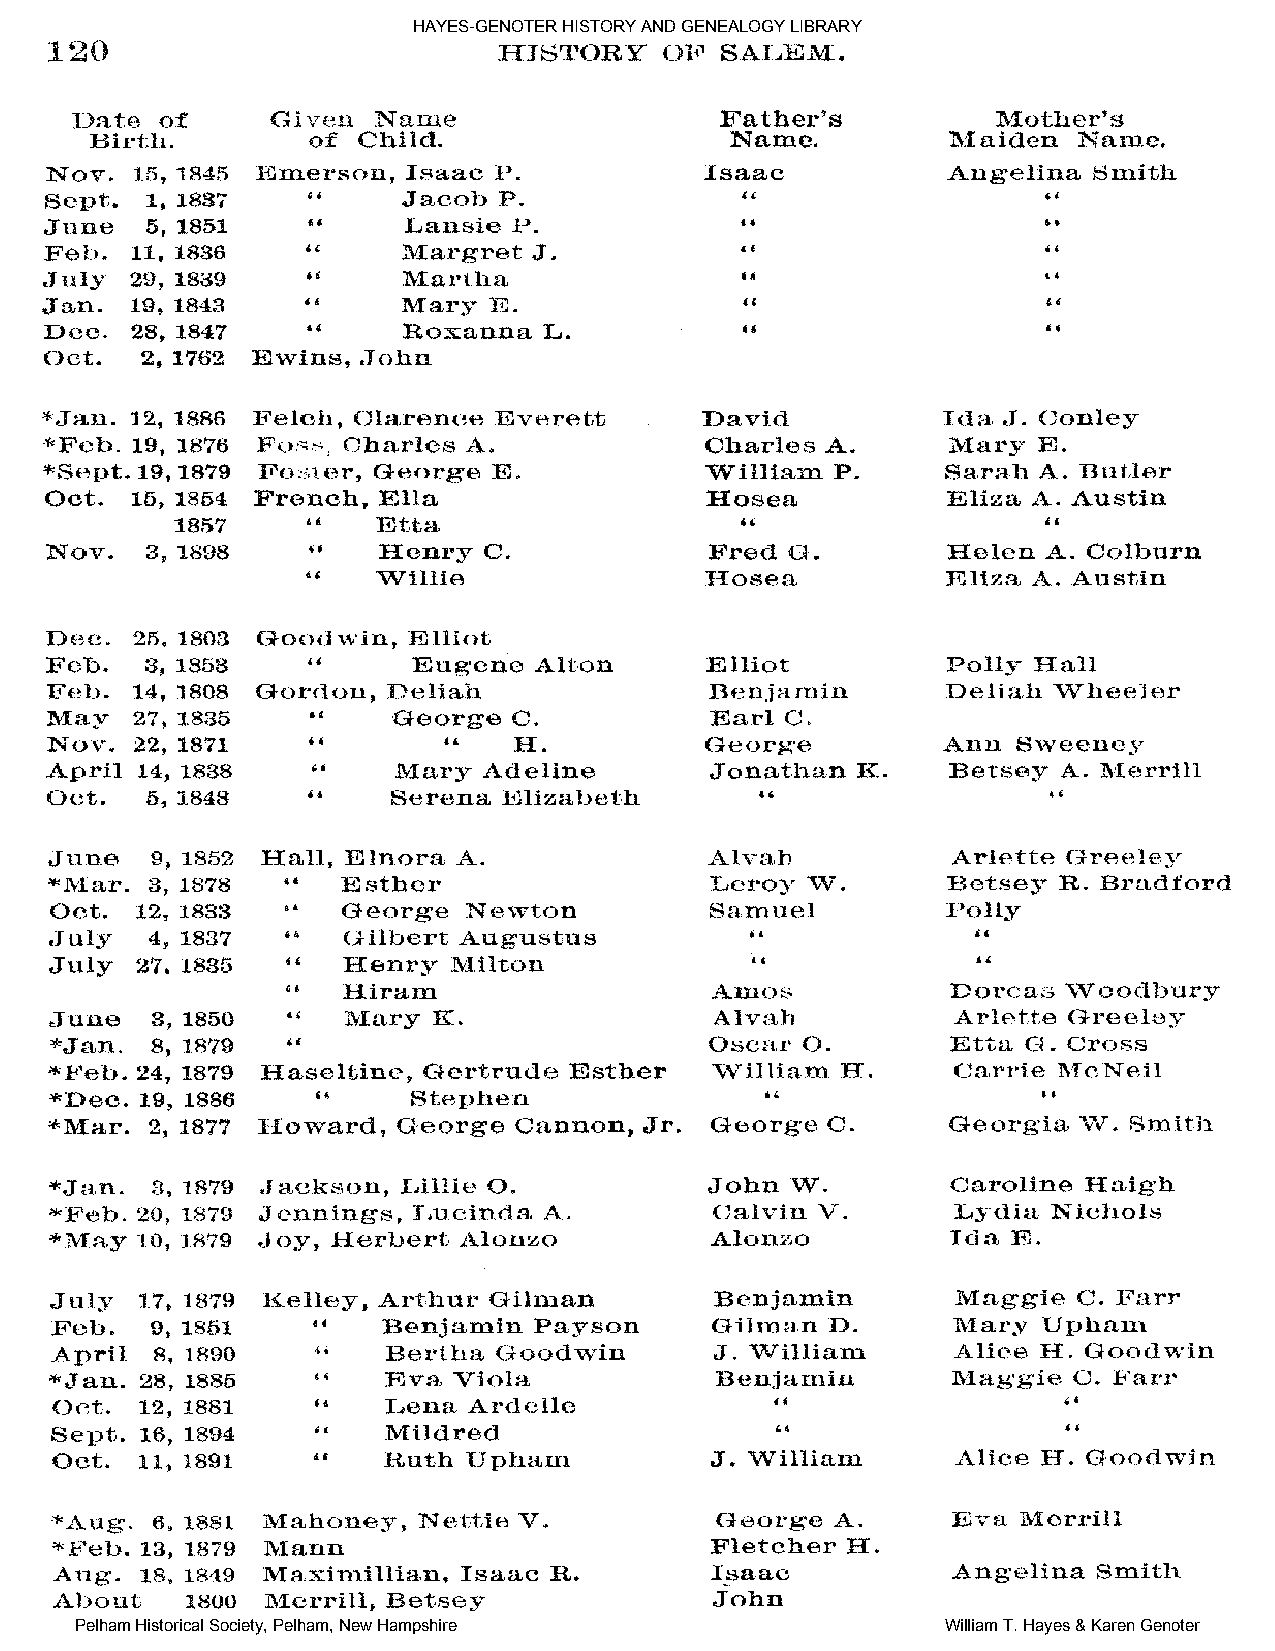
HAYES-GENOTER HISTORY AND GENEALOGY LIBRARY
 Pelham Historical Society, Pelham, New Hampshire          William T. Hayes & Karen Genoter